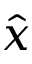
\hat { x }